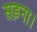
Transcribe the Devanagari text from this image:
सड़ना।